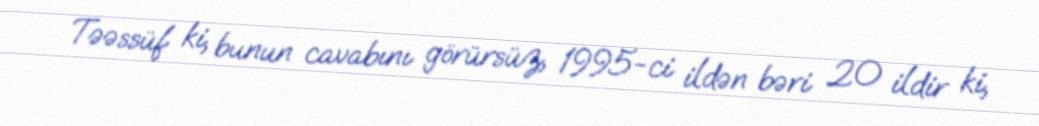
Təəssüf ki, bunun cavabını görürsüz, 1995-ci ildən bəri 20 ildir ki,